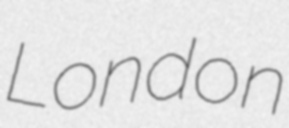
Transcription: London